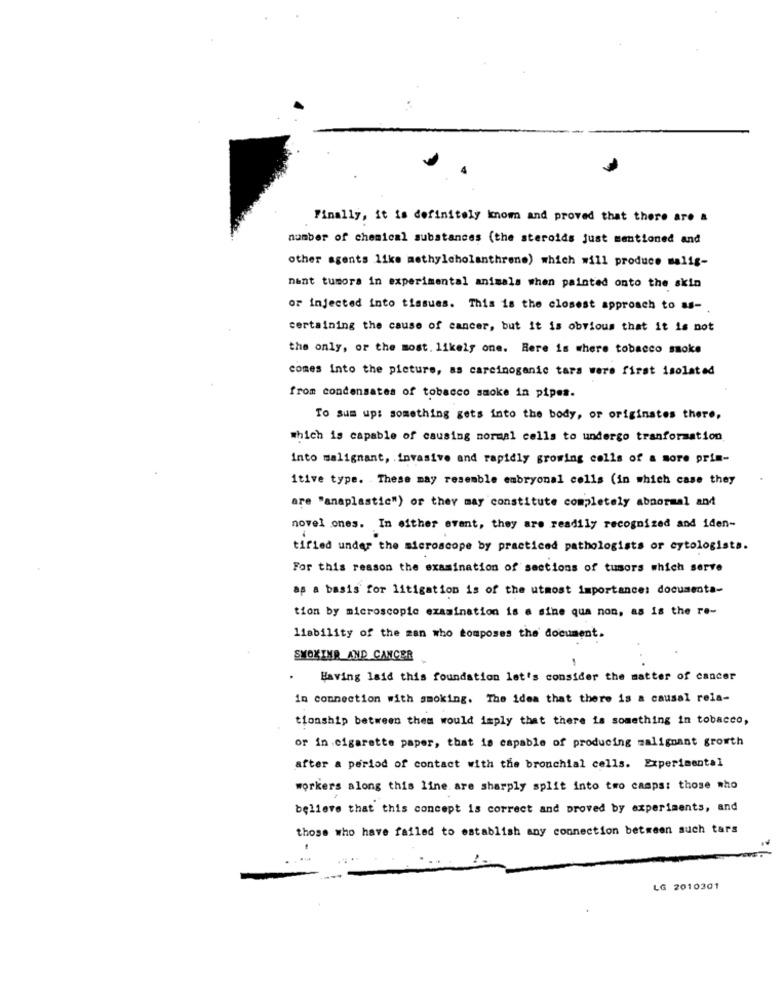
Finally, it is definitely konom and proved that there are a
number of chemical substances (the steroids just mentioned and
other agents like methylcholanthrone) which will produce malig-
nant tumors in experimental animals when painted onto the skin
or injected into tissues. This is the closest approach to as-
certaining the cause of cancer, but it is obvious that it is not
the only, or the most. likely one. Here is where tobacco smoke
comes Into the picture, as carcinogenic tars were first isolated
from condensates of tobacco smoke in pipes.
To sum up: something gets into the body, or originates there,
which is capable of causing normal cells to undergo tranformation
Into malignant, invasive and rapidly growing colls of a sore prim-
1tive type. These may resemble embryonal cells (in which case they
are "anaplastic") or they may constitute completely abnormal and
novel ones. In either avant, they are readily recognized and iden-
tified under the microscope by practiced pathologists or eytologists.
For this reason the examination of sections of tusors which serve
as a basis for litigation is of the utmost importance: documenta-
tion by microscopic examination is a sine qua non, as is the re-
liability of the man who tomposes the document.
SMOKING AND CANCER
Having laid this foundation let's consider the matter of cancer
in connection with smoking. The idea that there is a causal rela-
tionship between them would imply that there is something in tobacco,
or in .cigarette paper, that is capable of producing malignant growth
after a period of contact with the bronchial cells. Experimental
workers along this line are sharply split into two camps: those who
believe that this concept is correct and proved by experiments, and
those who have failed to establish any connection between such tars
LG 2010301